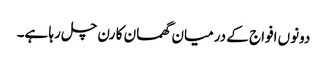
دونوں افواج کے درمیان گھمسان کا رن چل رہا ہے۔